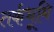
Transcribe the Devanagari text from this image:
तर्कभूमि